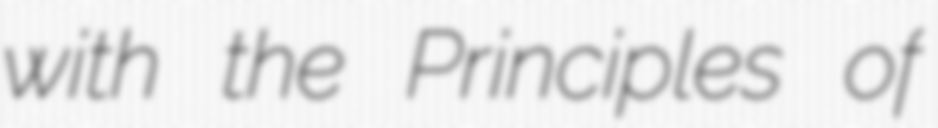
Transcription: with the Principles of